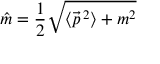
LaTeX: \hat { m } = \frac { 1 } { 2 } { \sqrt { \langle \vec { p } \, { } ^ { 2 } \rangle + m ^ { 2 } } }